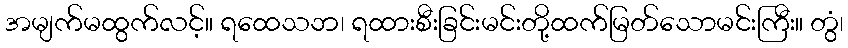
အမျက်မထွက်လင့်။ ရထေသဘ၊ ရထားစီးခြင်းမင်းတို့ထက်မြတ်သောမင်းကြီး။ တွံ၊